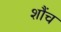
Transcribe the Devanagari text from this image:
शौंच